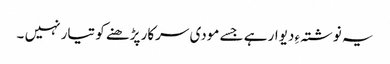
یہ نوشتہ ءِ دیوار ہے جسے مودی سرکار پڑھنے کو تیار نہیں ۔